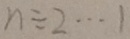
n \div 2 \cdots 1